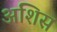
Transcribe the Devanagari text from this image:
अशिस